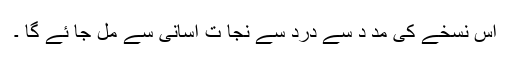
اس نسخے کی مد د سے درد سے نجا ت آسانی سے مل جا ئے گا ۔